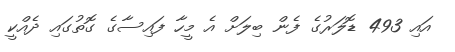
އައި 493 ޑޮލަރުގެ ފެން ބިލަށް އެ މީހާ ފައިސާގެ ގޮތުގައި ދެއްކީ